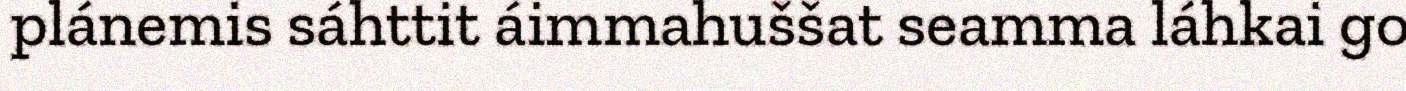
plánemis sáhttit áimmahuššat seamma láhkai go